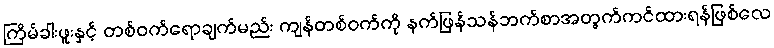
ကြိမ်ခါးဖူးနှင့် တစ်ဝက်ရောချက်မည်း ကျန်တစ်ဝက်ကို နက်ဖြန်သန်ဘက်စာအတွက်ကင်ထားရန်ဖြစ်လေ